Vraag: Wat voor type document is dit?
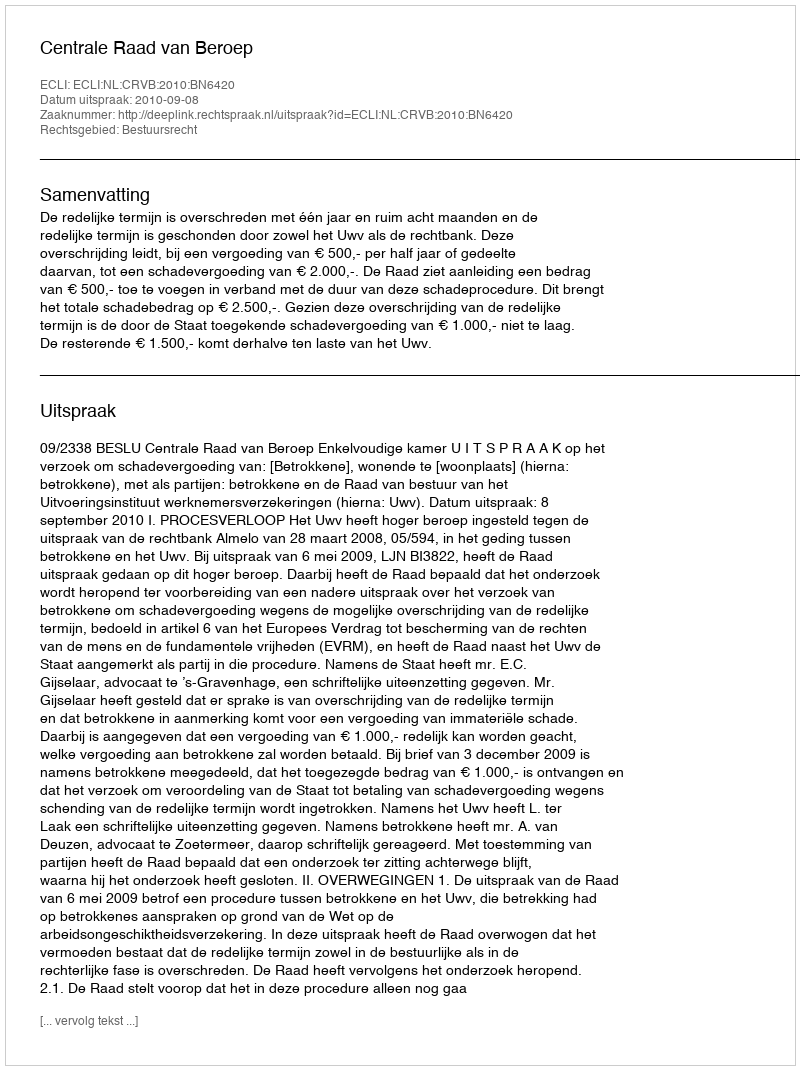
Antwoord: Uitspraak